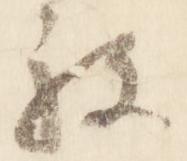
被